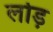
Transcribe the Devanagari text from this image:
लोड़